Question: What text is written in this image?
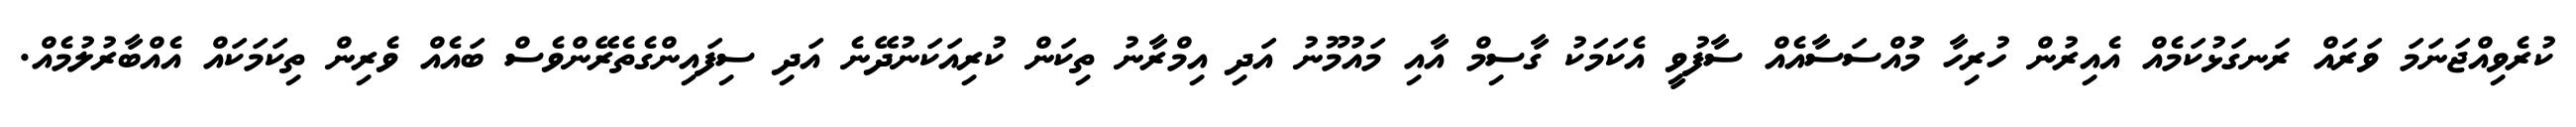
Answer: ކުރެވިއްޖަނަމަ ވަރައް ރަނގަޅުކަމެއް އެއިރުން ހުރިހާ މުައްސަސާއެއް ސާފުވީ އެކަމަކު ގާސިމް އާއި މައުމޫނު އަދި އިމްރާނު ތިކަން ކުރިއަކަނުދޭނެ އަދި ސިފައިންގެތެރޭންވެސް ބައެއް ވެރިން ތިކަމަކައް އެއްބާރުލުމެއް.